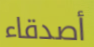
أصدقاء